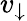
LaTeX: v_{\downarrow}